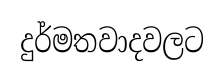
දුර්මතවාදවලට